Leaving Certificate, 1901
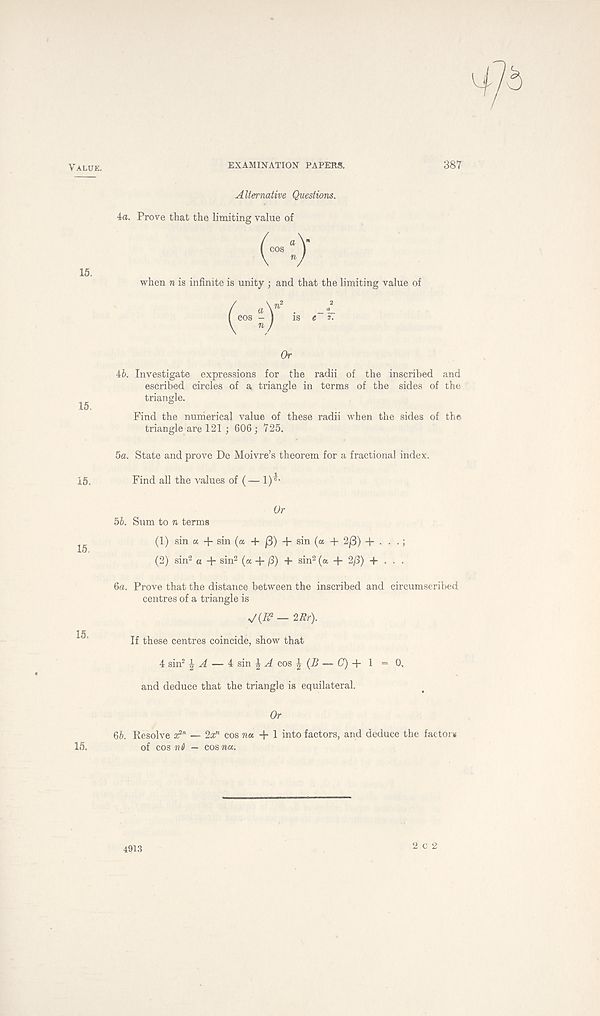
Value.
EXAMINATION PAPEHS.
387
Alternative Questions.
4a. Prove that the limiting value of
15.
when n is infinite is unity ; and that the limiting value of
^cos
.2
is e'
Or
46. Investigate expressions for the radii of the inscribed and
escribed circles of a, triangle in terms of the sides of the
triangle.
15.
Find the numerical value of these radii when the sides of the
triangle are 121 ; 606; 725.
5a. State and prove De Moivre’s theorem for a fractional index.
15.
Find all the values of (— 1)^
Or
56. Sum to n terms
(1) sin a + sin (a + /3) + sin (a + 2/3) + . . .;
(2) sin 2 a + sin 2 (a + (3) + sin 2 (a + 2/3) + . . .
15.
6a. Prove that the distance between the inscribed and circumscribed
centres of a triangle is
— 2Rr).
If these centres coincide, show that
4 sin 2 % A — i sin \ A cos J (B — (7) + 1 = 0,
and deduce that the triangle is equilateral.
Or
66. Resolve z 2 ' * — 2a;” cos na + 1 into factors, and deduce the factors
of cos nd — cosTia.
4913
2 c 2